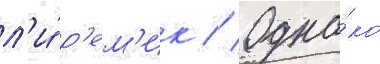
л'и́ р'ем'ик // Одна́ко